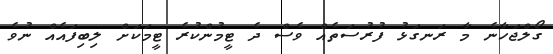
ގޯލްޖަހާނެ މާ ރަނގަޅު ފުރުސަތެއް ވެސް ދެ ޓީމުންކުރެ ޓީމަކަށް ލިބިފައެއް ނުވެ